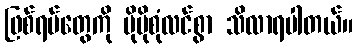
ဖြစ်ရပ်တွေကို ပိုမိုစုံလင်စွာ သိလာရပါတယ်။